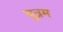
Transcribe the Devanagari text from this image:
पुत्रम